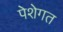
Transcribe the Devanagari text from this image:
पेशेगत